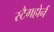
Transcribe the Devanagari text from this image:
स्टैगहोर्न